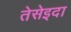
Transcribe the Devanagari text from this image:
तेसेइदा